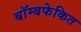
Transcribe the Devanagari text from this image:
बॉम्बफेकित